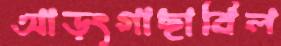
আড়ংগাছাবিল